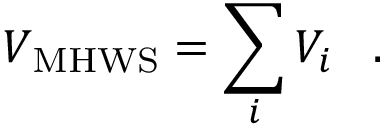
\ensuremath { V _ { \mathrm { M H W S } } } = \sum _ { i } V _ { i } \; \; \; .